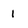
Character: 1